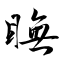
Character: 瞴